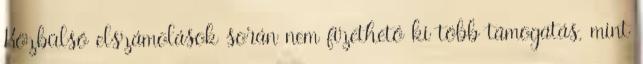
Közbülső elszámolások során nem fizethető ki több támogatás, mint